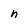
Character: n